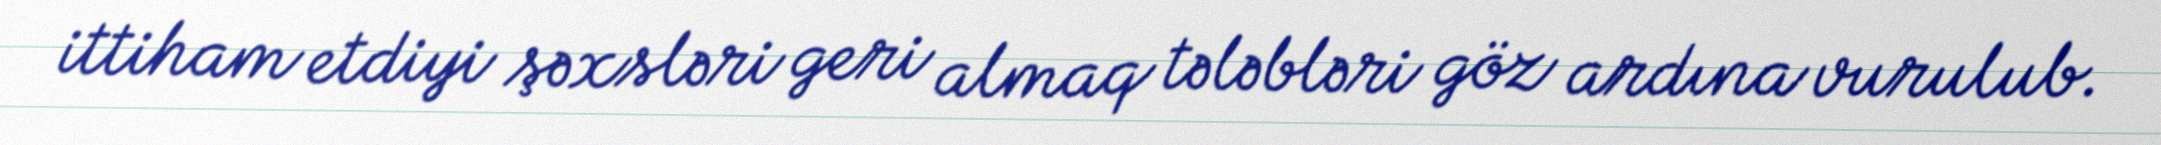
ittiham etdiyi şəxsləri geri almaq tələbləri göz ardına vurulub.